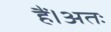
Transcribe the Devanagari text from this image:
हैं।अतः